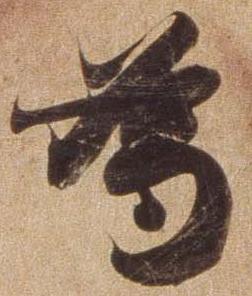
為